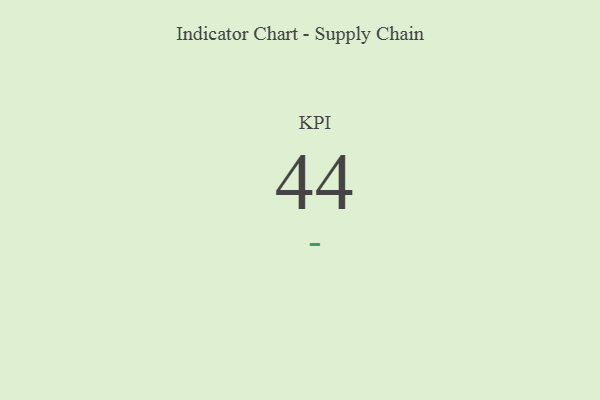
{"axis": {"x": "KPI", "y": "Value"}, "legend": [""], "data": [{"x": "KPI", "y": 44, "type": ""}]}